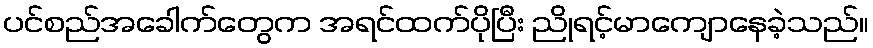
ပင်စည်အခေါက်တွေက အရင်ထက်ပိုပြီး ညိုရင့်မာကျောနေခဲ့သည်။